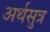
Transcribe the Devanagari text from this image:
अर्थसुत्र